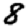
Digit: 8